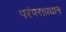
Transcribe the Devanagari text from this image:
परंपराप्रधान